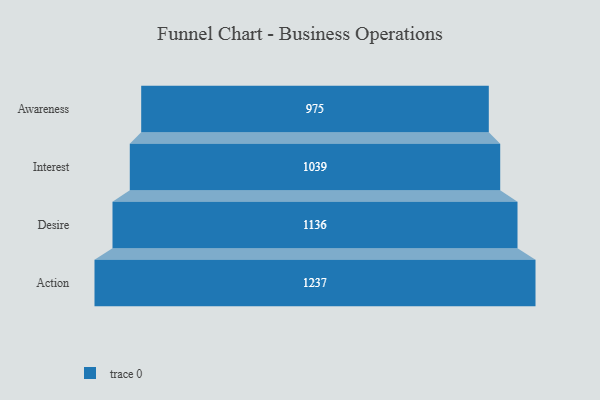
{"axis": {"x": "Stage", "y": "Value"}, "legend": [""], "data": [{"x": "Awareness", "y": 975.0, "type": ""}, {"x": "Interest", "y": 1039.0, "type": ""}, {"x": "Desire", "y": 1136.0, "type": ""}, {"x": "Action", "y": 1237.0, "type": ""}]}